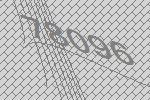
78096